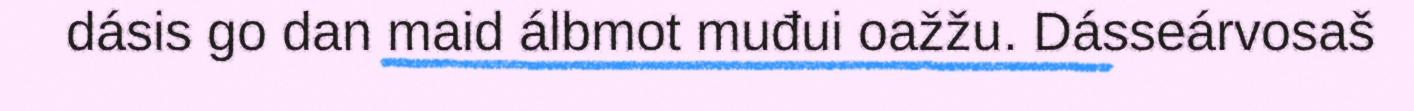
dásis go dan maid álbmot muđui oažžu. Dásseárvosaš